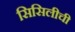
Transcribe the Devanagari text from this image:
सिसिलीची